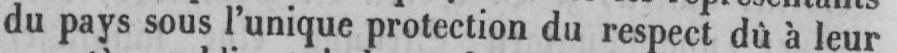
du pays sous l’unique protection du respect dû à leur